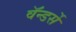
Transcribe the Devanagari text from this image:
वॅन्डर्से